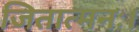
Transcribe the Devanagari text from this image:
जितात्मनः।